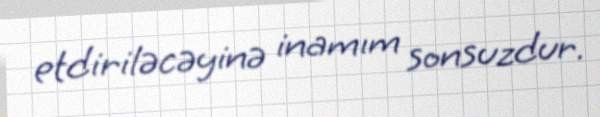
etdiriləcəyinə inamım sonsuzdur.